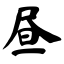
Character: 昼